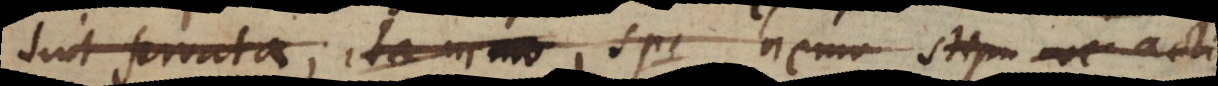
sint servata; ita nemo spe stipu nec acti